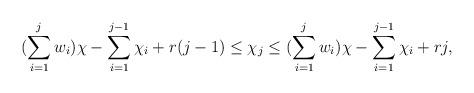
LaTeX: \begin{align*} (\sum\limits_{i=1}^j w_i)\chi - \sum\limits_{i=1}^{j-1}\chi_i + r(j-1) \leq \chi_j \leq (\sum\limits_{i=1}^j w_i)\chi - \sum\limits_{i=1}^{j-1}\chi_i + rj, \end{align*}